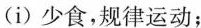
(i)少食，规律运动；